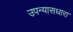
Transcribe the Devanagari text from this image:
उपन्यासधारा